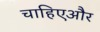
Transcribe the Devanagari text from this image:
चाहिएऔर